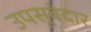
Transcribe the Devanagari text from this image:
उपसूबेदार